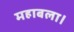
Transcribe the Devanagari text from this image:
महाबला।